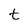
Character: t